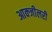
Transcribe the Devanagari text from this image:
आक्जीलरी